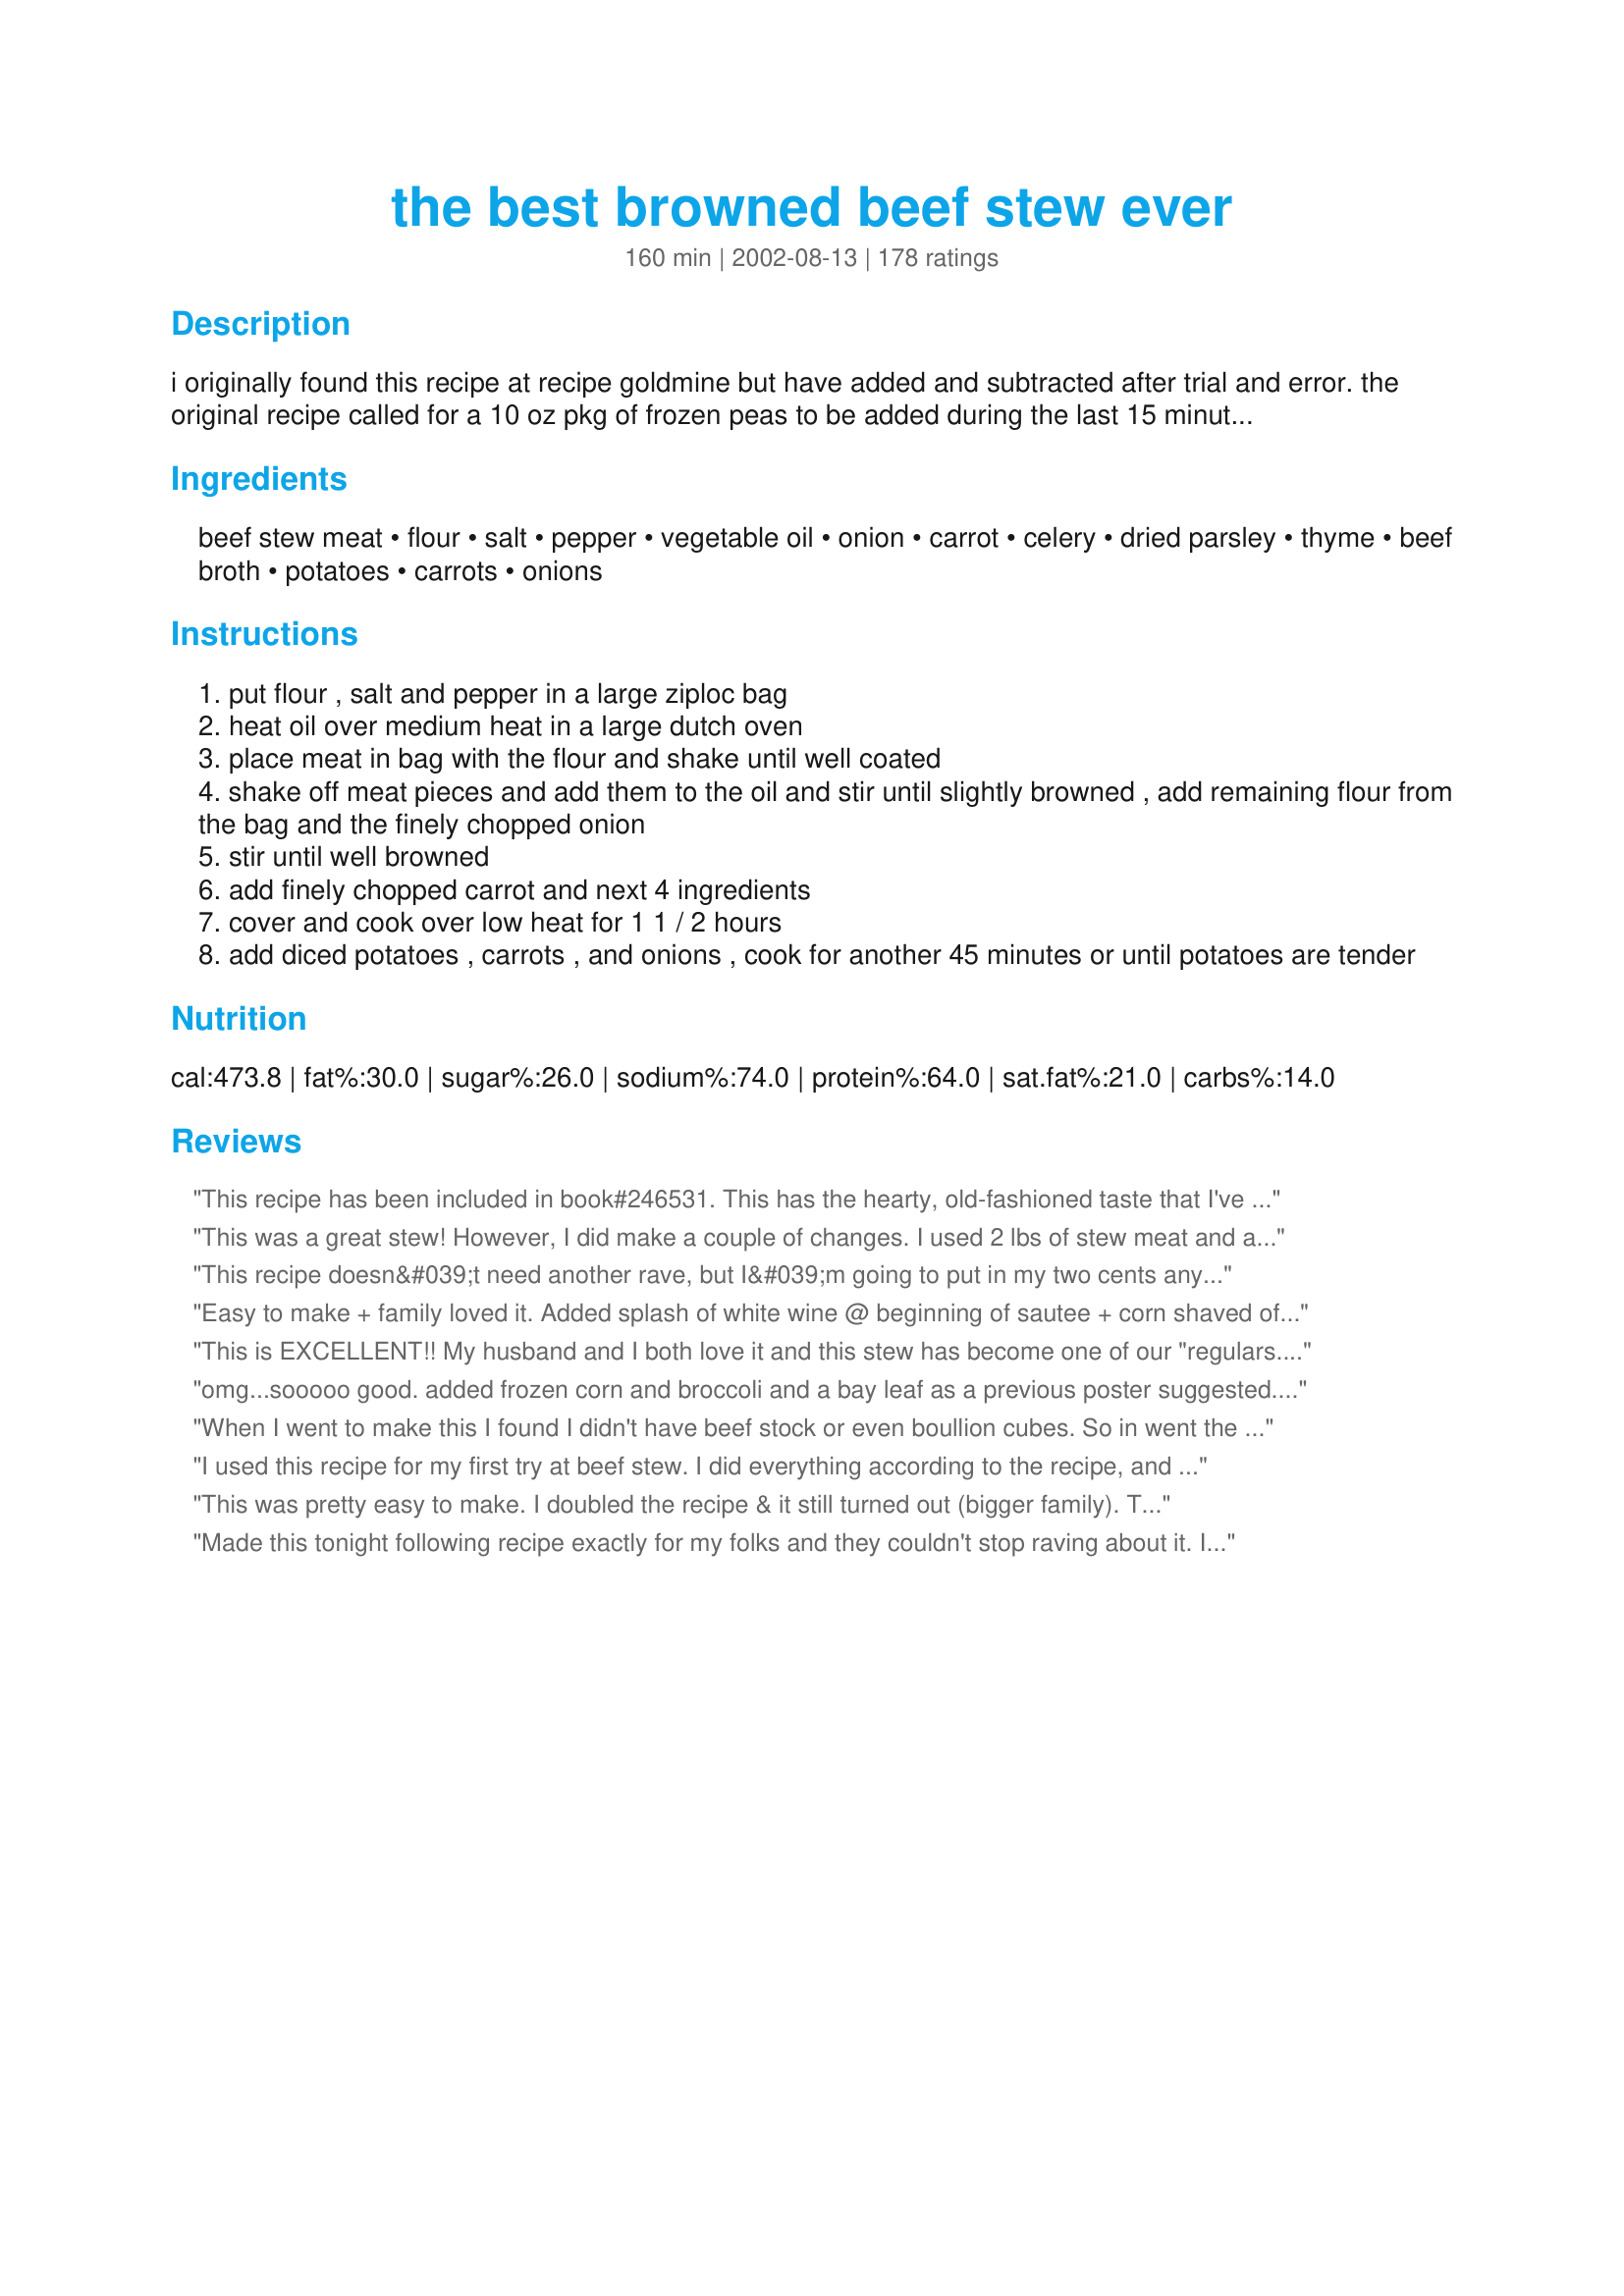
the best browned beef stew ever
Preparation time: 160 minutes

i originally found this recipe at recipe goldmine but have added and subtracted after trial and error. the original recipe called for a 10 oz pkg of frozen peas to be added during the last 15 minutes of cooking. i usually add a little rosemary and cayenne. can add the spices you wish. this is very good!

Ingredients:
beef stew meat, flour, salt, pepper, vegetable oil, onion, carrot, celery, dried parsley, thyme, beef broth, potatoes, carrots, onions

Steps:
put flour , salt and pepper in a large ziploc bag
heat oil over medium heat in a large dutch oven
place meat in bag with the flour and shake until well coated
shake off meat pieces and add them to the oil and stir until slightly browned , add remaining flour from the bag and the finely chopped onion
stir until well browned
add finely chopped carrot and next 4 ingredients
cover and cook over low heat for 1 1 / 2 hours
add diced potatoes , carrots , and onions , cook for another 45 minutes or until potatoes are tender

Reviews:
This recipe has been included in book#246531. This has the hearty, old-fashioned taste that I've been looking for. The meat cooked up so tender, and the gravy was really delicious! I added a few fresh mushrooms and 1/4 cup of barley I had on hand. The whole family loved it and it is a perfect dinner for a cold evening! Thanks for posting this terrific recipe!
This was a great stew! However, I did make a couple of changes. I used 2 lbs of stew meat and added Season-All because we like lots of meat and lots of flavor. Due to the extra meat, I also added about 1/4 cup additional flour. I only used one finely chopped onion and omitted the other onions and diced carrots (due to time contraints, as I prepared it prior to leaving for work). Lastly, I placed everything in my crockpot with 4 cups beef broth and cooked on low for 8 hours switching to warm for 2 hours until I returned home. At that time, I add one package of slightly steamed peas & carrots. We ate our stew over pasta and it was WOW!! My husband asked me to add this to the "Make AGAIN" list :)
This recipe doesn&#039;t need another rave, but I&#039;m going to put in my two cents anyway! No star rating from me, though, because I changed some things. First of all, I used elk meat instead of beef, which worked really well. Also, I had some leftover pan drippings from a roast chicken, and since I didn&#039;t make gravy at the time, I saved it for my next stew. I made my usual gravy recipe (Kittencal&#039;s Easy No-Fail Make Anytime Turkey Gravy Read more at: http://www.food.com/recipe/kittencals-easy-no-fail-make-anytime-turkey-gravy-145064?oc=linkback) which I commonly make using chicken rather than turkey. I made a half recipe (about 2 cups) and added that to the stew at the end. I LOVE adding gravy to stew! I don&#039;t know why I don&#039;t do it more often. Anyway, great recipe, I&#039;m saving it to my cookbook so I can try it with beef sometime. ;)
Easy to make + family loved it. Added splash of white wine @ beginning of sautee + corn shaved off of the cob toward the end. Great taste &amp; consistency.
This is EXCELLENT!! My husband and I both love it and this stew has become one of our "regulars." I put in a few extra potatoes because they turn out so well in the gravy. Very flavorful and delicious with biscuits.
omg...sooooo good. added frozen corn and broccoli and a bay leaf as a previous poster suggested. found after i added the beef broth, it was too salty for my taste. no prob! just added 2 cups water and continued simmering down. also added 1/4 c. of sherry. confession: cheated b/c i wanted to use leftovers, so i browned already cooked roast beef chopped up. didn't have celery, but seemed to turn out great! kind of feels like "stone soup" (from the book)--you can't go wrong no matter what you throw in!
When I went to make this I found I didn't have beef stock or even boullion cubes. So in went the Au Jus mix (Oxo French Dip) I don't know if this was a happy accident but it turned out fantastic. So flavourful - my husband, who is quite particular was super impressed and had seconds. Added some red wine to the browning beef and added the onion soup mix to the flour for the beef FYI. Also added about 50% more liquid (water) than called for and tons of mushrooms. Don't forget a couple bay leaves and a few red pepper flakes. Didn't bother with the extra potato/carrot/onion at the last 45 mins (just put more in to start and cut them pretty small) Added peas at the end. Awesome!
I used this recipe for my first try at beef stew. I did everything according to the recipe, and it turned out wonderfully! Thanks for posting, Christina!
This was pretty easy to make. I doubled the recipe & it still turned out (bigger family). The flavor was exactly what I was hoping for. I will definitely make this again (& again...). I added extra carrot & ommitted the onion at the end, my boys don't like "visible" onions much...still very good.
Made this tonight following recipe exactly for my folks and they couldn't stop raving about it. I was concerned that the cooking time might not be long enough and also that there wouldn't be enough liquid, but I didn't need to worry about either. I used chuck roast stew meat which was great with the recommended cook time. This dish comes out with a nice thick &quot;gravy&quot; and plenty of meat and veg. Very nice. Will make again and again!
i'm sure this would have been fantastic as written but i couldnt help myself and made a few changes for personal preference. i used about a half a cup of fresh parsley instead of dried since i had it on hand, i added 5 cloves of garlic, 2 bay leaves a half a red bell pepper since i wanted to use it before it went bad and a can of diced tomato undrained. i love how the minced onion added in the beginning gives the meat great flavor while thickening the sauce, since they cook so long they practically disintegrate.
Just what I was looking for. Great flavor and the broth is like a gravy. I did use okra instead of celery and it turned out perfect. I'll keep this recipe and definitely use it again. Thanks for sharing!
I made it tonight and the family enjoyed it. This is my first time making Beef Stew. Thank you for Sharing your recipe.
What a hearty filling meal this was. The flavor was spot on to what I expect from stew. My family loved it, I will add this to my list of regulars. Thank you for sharing with us.
I am not going to give stars here because I made so many changes. But if I did, it would be 5 stars all the way. I wanted to use what I had on hand without going to the store- So I used celery seed in place of the celery, several small red potatoes cut in half, one onion total, 1 can of the beef broth and 16 oz. water with 3 beef bullion cubes. I threw in a little garlic powder and a few cut in half bicuits for dumplings. Everything else, plus technique was the same. This turned out perfectly DELICIOUS!!! Thank You for sharing!
This recipe was really bland -- perhaps I did something wrong! I ended up adding so many ingredients that I completely changed the recipe. That's why I didn't give this recipe any stars. The meat, however, was very moist and tender. I don't think I would use this recipe again.
WOW! My family loved this recipe! My only complaint is I wish we would have doubled it! I made my own beef broth with the bouillon cubes as I did not have enough canned and it worked out perfectly. I only used one pound of stew meat and cut it up into bite size pieces and they were so tender. Left out the celery just based on family preference and only cooked mine for 1.5 hours and it was perfect! Thanks will definately be making again.
Very nice flavour, added onion soup mix with the flour as per previous review and also added 1/2 cup wine to broth. Also added Maggi rich gravy mix with hot water towards end of cooking time to thicken the gravy.
This is a good basic stew recipe. My family thought it could have used a little more flavor so next time I think I will add a packet of onion soup to it to try to boost the flavor. I made it on the stove and in the crock pot but it still just needed a little something more. It was good and really hit the winter comfort food spot!
I made this &amp; it's definitely a keeper.
Oh man, was this delicious! The only changes I made were leaving the onion out (due to an allergy) and adding sliced mushrooms in the last step. Oh and I did add the potatoes after the first hour and wish I had added the carrots then as well but that&#039;s just because I like all the veggies nice and soft. I was worried the beef might overcook but it was perfect. Served with Irish soda bread for a very filling meal. Will add to my regular rotation! Thanks!
Very good. We enjoy the addition of a cup of red wine.
This was a wonderful stew. Simple ingredients and it is total comfort food. My entire family really liked it and I am making it again.
I've never been a fan of stew until now. This was perfect served with some nice fresh cornbread.
This is so yummy! I made it just as the recipe states. I would not change a thing!
Best stew I have ever eaten! I couldn't get the celery and thyme. I also added a cup of wine after putting 3 cups of broth. It turned out amazing! Ate it with spaghetti cooked with apple juice and a bit of sugar (I got a sweet tooth haha). Thank you so much for this! I'll definitely prepare it again... many many times.
Wow was this great! I have never made stew before and was craving it last night. It came out fantastic, even better than when my mom use to make it (shhh...). Thanks for sharing this recipe, I will use it again and again =)
This is the best beef stew that I ever made. I did mess up and didn't add the extra flour in the beginning, so I tried to thicken it at the end. It ended up being thinner than the beef stew that I grew up with, but I loved it. I added fresh mushrooms as suggested by another reviewer and they were really good. I was looking forward to leftovers, but my husband took them for lunch. :) I will have to make more next time.
this is sooooo good! thank you!!
Really hearty and good! 4 men DD1 (5 years old), DD2 (15 months), and I say so. This recipe works well with all sorts of modifications, additional vegetables etc. I first put the stewing beef in a few tbs vinegar and Motts Tomato Juice for 35 minutes to help them become tender and give it some extra flavour. After I drained them and began the recipe. I used white rice flour instead of regular flour to be gluten free. Before I added the big pieces of vegetables I cooked the meat for approximately 40 minutes longer than called for in recipe#206712 instead of beef broth as I could make it easier. I used 3 medium carrots in all, cut into big chunks rather than diced or chopped fine for more heartiness. I used one less onion than called for, though my onions were pretty big. I exchanged the thyme to marjoram due to personal preference. In addition to the called for vegetables I added some chunks of butter nut squash one time (wouldnt do it again), a large handful of fried okra one time which was a good addition, and about 1/3 cup frozen baby peas near the end of cooking time both times. I served it with quinoa macaroni if wished. I would make again during the winter for a warming lunch or dinner.
Very good! I love that the finely diced veggies cook down and become the gravy. Gravy made from vegetables!!! What??!!! I followed some advice from other posters and added red wine, mushrooms, a splash of Worcestershire, and a touch of sugar; also used a few less onions. Cooked the whole thing on the stove and the carrots and potatoes were done perfectly in about 45 minutes. Thanks for posting this great recipe!
i think it was ok the first time. the 2nd time, i added tomato paste and only added all the veggies at the end. and only had diced onions at the beginning and then added another onion chopped with the rest of the veggies. like others suggested, i added mushrooms as well. turned out better the 2nd time around. i think i just need to keep experimenting with the recipe...
Very tasty. Keeper recipe
This was great! I added extra potatoes and carrots to use up what I had and omitted the celery because I don't like it, so I had to add about 15 minutes to the final boiling time to soften the extra carrots. My husband loved it and I'll be making it again! Great flavor! Tastes like what mom used to make!
YUM...YUM My family loved this, THANKS fo a good one!!!
I read all of the comments and I took everything into consideration with my own family's tastes. No wine or garlic is not applicable for my family. So I tossed in a bay leaf and added 1/4 teaspoon of thyme. I plan on added a little more liquid if it gets too thick. The flavor is really good. I know they will enjoy tonight's supper. 5 Stars.
very good, even better the second or third day. Thanks for posting, we will be making this again.
Have made this a few times and each time it came out great. Used "better than boullion" to make the broth and it worked out fine. To lower the fat content, I also used top round beef and it was sooo tender and soft with very little fat. That was great! Today I'm gonna try and add a can of stewed tomatoes for fun.
Made it last night, and was requested to make more. It turned out great for dinner.
Oh Wow! This was so good, and so easy to make. A little time consuming, but all great comfort food is. This will be made again and again as the days get colder! Ty Christina for a great post.
I doubled the recipe to make it last over the weekend.......my tweaks are minimal but as follows: browned the flour before anything else; added salt, pepper, thyme and parsley to browned flour then added meat to coat (I cut up a chuck roast I had on hand); browned my meat very well in a skillet then transferred the meat to my broth with veggies (new and red potatoes, green beans, corn and carrots); then I cooked the onions and celery til tender in my skillet and added remaining flour to make a roux......mixed together 3cups water and a packet of Au Jus Gravy and added to roux stirring til smooth and quickly added to broth/veggie mix.....topped everything off with chili powder to taste.....absolutely positively delish!!! is what my hubby said:)
This was wonderful! I add a few cloves of garlic and some mushrooms--although I don't think the recipe really needs it. I've made this a few times and it always come out great! Thanks!
Delicious, hearty and flavourful. Be sure to use a good quality broth as that can really effect overall flavour. I upped the dried onion (added epicures 3 onion mix) but did not add onion soup as I find it makes it too salty. I also added coarsely chopped zuccini. You can prep this and freeze for an excellent slow cooker dish (add broth directly to cooker with frozen bagged stew). I like the red wine suggestions and will add in as well next time!
I had 3+lbs of stew meat and took a chance on this recipe. It was wonderful! I had to use a gluten free flour mix but it was not an issue. Thanks for a great recipe, I'm making another 3lb meat batch in a week so my family will have something good to eat after the birth of my 3rd son!
Made this exactly as is, and was very disappointed. It was extremely salty. If I were to make it again, I would omit the salt and use sodium-reduced beef broth.
I forgot to buy celery, so I had to leave it out. I had a bit of a hard time getting the beef and onions to brown in step 5 because the flour formed a crust on the bottom of of the pan. So I quit browning when that crust was brown before it could burn. I thought that the stew also needed to be stirred every 15 minutes in step 8. I had some potatoes and carrots that were not completely cooked; they were probably the ones that were on top. Everyone really liked this, so I will certainly make it again with the celery, and it will probably be at least four stars.
I loved this recipe, as did the rest of my family. The only reason for 4 stars instead of 5 is for our tastes, there was WAY too much onion...I doubled the recipe and only used a total of 4 onions instead of 6 and even with that there was a strong onion taste instead of the onion enhancing the beef. Next time, I'll only use half the onion called for. Other than that, I made it close to the original, only adding a couple of minced garlic cloves and about 3 shots of worchestershire (for a doubled recipe). I will definately make this again. Thanks Christina for an awesome recipe!
Super yummy. It was hard for me to try another stew recipe after cooking my grandmother's recipe my entire life. This is so much better. My husband slurped up bowl after bowl. I doubled the recipe. I added a few cloves of fresh garlic. Finally, I heated batches up at a time adding frozen peas, corn, and string beans. Helped thicken it up and added crunch and more flavor profile. Gravy is delicious.
Very good. Nice flavor & texture to the gravy. Meat was very tender. I added frozen peas & green beans. I also put the diced carrots in sooner since we like them very soft. Will make again - even my picky eater ate 3 bowls!
My husband said this was the best beef stew ever. I added just a little flour at the end to thicken it up and also doubled the amount of potatoes because we love them. Also didn't have any celery, but I don't think it mattered.
I was looking for a recipe for the best stew ever, and I found it. Everything about this stew is wonderful. I added a few extra vegetables and peas because my husband and I like a thicker stew. I will keep this recipe forever.
This is a great stew. I normally do not like a stew but tried this because my DH does. I was very pleased with it and will make it again. The leftovers were even better.
This was real good and real easy..I'm from ny and really didnt comprehend the comfort food thing ,but I sure got it now.Thanks
Lovely recipe but when do you add the liquid? Actually it should be done after the browning of the meat. Doesn't anyone proof read any more?
I was thrilled to find a Beef Stew recipe that doesn't include tomatoes. I threw my ingredients in a crock pot and took a nap. It doesn't get much better than that. I also decided to skip the potato and add frozen peas just before serving. Whoever said the gravy was wonderful...was right on. Will definitely make this again. Thank you...Christina...for your contribution to my collection of fabulous recipes. Sincerely, Sherry Belle
I think this has to be about one of the best beef stews I have ever had - definitely to become a regular at our house. I left out the celery because I ran out, but it will be in there next time. I think I will add the peas next time too. It fed two adults (two helpings each) and three kids - too bad there wasn't any left over for our lunches tomorrow!
This was fantastic! Perfect snow day meal! I used baby carrots instead of sliced carrots in the final step. Delicious and hearty dinner! Thank you!
We really enjoyed it!
A wonderful recipe to warm the belly and soul during the cold weather. We enjoyed this very much!
Easy and excellent taste. Takes a while so it&#039;s better for a weekend meal but so worth it. My son ate seconds, a rare feat! We added back the peas and also a few finely chopped mushrooms. Yum.
Another five-star for you Christina. I like to try different stews and this rates up there with the best. My modifications were few: 24 oz. of beef broth and 4 oz. of red wine, no potatoes since I chose to serve mashed potatoes, extra celery (about 3/4 cup) and 2 cloves of garlic (a must in this household). Towards the end I added a couple dollops of lite sour cream. It made a fantastic sauce for the mashed potatoes. We'll definately be choosing this stew recipe again. Thanks for posting!
In my opinion this is the veritable Holy Grail of Stews!! My wife, who normally does nothing but snarl at me actually smiled and suggested I make this dish more often...say, once a week! Great by me!!!

I made fairly minor changes such as deleting the onion (my DW says no onions and I have the scars to prove she means what she says), adding some whole kernel corn for more color, and some garlic salt in lieu of the regular salt.

As far as I am concerned, so long as I have this stew and some fresh-baked bread with butter, the winter winds can blow and the snow can fall. My life is content!
This was really good, but too salty. When I make it again, I'll only use 1 tsp salt. It was also good reheated--I added some leftover lima beans and a about a cup of water and simmered it for another half an hour. That cut down on the salt, and then it was just about perfect.
I never have beef stock, I used a can of beef consume, a can of stew tomatoes and a cup of water. I didn’t see Worcestershire sauce (as noted in one review) so I added a dash of that and a dash of soy sauce. I also like corn in my stew so I threw some of that in. It tastes really good. I’m so happy I didn’t have to add cornstarch for thick stew!
My family loved this recipe! I didn't have 3 1/2 cup beef broth - I only had one can so I substituted the difference with warm water and Lipton Onion Mushroom Soup mix. I love that there were no tomatoes in it! The meat was so tender!
Thank you for the wonderful recipe. It was so easy to make and tasted so great. Yum
Very good!
This stew was really good. I only wish the gravy was a little smoother. I followed the recipe to step 5 then put it all in my crockpot. I used 3 medium potatoes and 4 carrots and I think it needed more of both. I also used 3 cups of very flavorful homemade stock and needed 2 more cups of water to cover it all. I didnt have thyme, so I added dill, marjoram and rosemary. Also, some worchestershire. Thanks for sharing, I will make this again.
Christina- This soup was great. We live in Montana and lately the weather was been freezing. The past week all of our highs have been below zero. Hubby wanted something meaty and warm so I found your stew. We loved the flavor and I ended up doing it in the crock pot which was great. I was really looking forward to the gravy that people were commenting on but our stew never thickened up that much. Either way it gave amazing flavor and was super simple. Thanks for a great recipe!
This is a very tasty beef stew. I made it in a cast iron dutch oven, then after after everything had been simmering together for about 30 minutes, transferred it into a large crockpot so it could cook while we were at a movie. I also substututed frozen green beans for the peas, but added them when transferring to the crockpot. We dipped soft italian bread, and my family said that this recipe is defnitely a keeper.
I made this tonight for the family, and loved it. I used Round Steak. I was low on beef bouillon base, so just used 1/2 broth, 1/2 water, and then added 1 cup water (I actually doubled the recipe). I added some mushrooms at the end also. My kids gave it a "B", so it wasn't TOPS on their list, but they ate it. :) I will do this again for sure.
This is a damn good stew! Best one I've found on line! Extremely easy to prepare and delicious. I used a little less veg than was called for as I like my stew on the meaty side. Tossed in a bit of beer but other than that made it as directed. A tip to save a few bucks. Rather than buying pre-cut stewing beef get a whole outside round toast and cut it up yourself. Cheaper and you can trim the fat the way you like it. Thanks To Christina from a hungry bachelor who loves his stew! Great recipe!
Very good recipe. Will be making again for sure! Thanks for posting.
Made this for dinner last night. Beef came out tender, this is a great recipe. A++
My Family Loved this Recipe! We have made this twice. We changed it a little to make it easier for us. We browned the flour covered meat and then put it in a crock pot, we left out the finely chopped carrots, but added the rest including carrot chunks into the crock pot. The first time I had home-made beef broth in the freezer that I added. The second time we were out of broth, so I just put in water. It came out just delicicious! It must have somthing to do with being in the crock-pot all day. This a great dish to come home from work to!
following these directions I was finally able to make a stew instead of a soup!! Thank you for this recipe!
This was just the best stew ! I substituted venison and used just two onions total. I used chicken broth instead of the beef . Great for a cold winter dinner .. So yummy I’m going to fix for my grandchildren soon.
This reminded me a lot of a stew my mom makes! Our family loved the flavour! I added 1/2 tsp marjoram, 1/8 tsp tarragon and threw in a bay leaf. I also added some turnip chunks and parsnip! YUMMY! Thanks for posting this tasty and easy stew recipe!
This is absolutely the best stew - EVER! My lids love it and we will be making it again and again! :)
Excellent. Thank you, this is the best Beef Stew I've ever made. Put in to two of my cookbooks.
I thought it was good, but nothing too special. I took others advice and added about 3/4 cup red wine and added all veggies at same time at the beginning. Also added in 2 bay leaves to give it a bit more flavour. The boyfriend loved it, which is why i put in the extra star. I found the beef tough, but that was probably my fault. If he asks, I&#039;ll make it again, but probably not for me.
Yeah! I made it!!! Just about almost burnt meat in pan perfectly. Added veggies. Made bread to go with!
Throw out all the other beef stew recipes, this is the only one you will ever need. Packed with flavor and the aroma from my kitchen was wonderful. Thanks for posting.
I made this with venison steak - a mixture of tenderloin, back-strap, and t-bone (plus vegetable oil for the browning part). I usually don't like venison as steak because it's so lean, and these steaks were from several different deer over the past year. It came out amazing. The meat was tender and flavorful. The finely chopped onions and carrots created a wonderful texture for the broth. <br/>I also used a crock pot for the simmer part. I will say, if you use a crock pot, put your diced veggies in much earlier. It took at least 2 hours on high for my potatoes to be soft. I will definitely make this again.
Really good beef stew. I did as recommended and added 1 cup of red wine. It was perfect.
BEST Beef Stew ever!!
Cooked Bobbie in my pressure cooker. On low temp, turned out fantastic! I sauteed everything in the cooker. I didn't use a bag to coat the ingredients.
We loved it. I added an envelope of Lipton onion soup mix when browning the meat and flour, to give it an extra kick. I also took the suggestion of one of the reviewers and substituted parsnips for the potatoes since I'm diabetic and potatoes don't work well for me. Worked great although needed about another 30 minutes or so to soften them up (and got to remember not to include the tough "cores").
This has become one of my standby recipes! Well worth the time investment. I usually omit the celery and add parsnips. I also put the potatoes in sooner (about 45 min into the total cooking time) to get them as soft as I want.
My sister in-law had a lung removed this week and I've spent most of today making dishes to freeze for their arrival home. As I always do the first time, I follow the recipe exactly. This was wonderful, the gravy is fabulous such rich flavor. I'm sure they will love this stew also. Another keeper from recipezaar!
Great stew, just make sure you stir it often enough because mine burned at the bottom a bit. Thank you.
Turned out great. I made my own beef broth rather than using canned. Was a little thin so I added some more flour mixed with cold water toward the end. I did end up adding a little more salt and pepper at the end to taste. Served with a spicy foccacia bread on the side.
Very good flavor. I didn&#039;t totally follow the recipe. The only thing I browned first was the beef with flour, salt, and pepper. Then I put it in a crockpot with the broth on low for several hours. About 3 hours before serving time I added 3-4 carrots and 2 potatoes, in smallish chunks, and increased heat to high. 1 hour before serving, the broth was still... broth. So I stirred in a mixture of cornstarch and water to get a nice gravy. When ready to eat, the beef was very tender and the carrots and potatoes were super soft. Perfect!
Made this a couple weeks ago and now I'm back. Making it again today because it was so good. I didn't save it so I was worried I wouldn't find it. I left out the thyme because I don't like it othere than that I followed it exact.
This was really good, really easy and very flavorful. I did use a small roast which I cut up myself and put all the ingredients in the crock pot after browning the beef and onions. It turned out very good and my kids enjoyed it.
I love stew and am always looking for a new favorite----this is one of the best!
This is the best beef stew I have ever made/had in my life!
Extremely good but next time I will add 1 1/2 less onions. I also think it needs something additional for flavor. (Next time I'll try the onion soup mix)
I have it all in now- added everything after the beef browned. I added a packet of onion soup because I only had 2 smallish onions and I used 3 cups of broth and 1 cup of red wine. I added the additional red pepper flakes, 2 bay leaves and rosemary. For potatoes I used red potatoes. I didn&#039;t add celery cause I didn&#039;t have any. I cut the veggies into chunks instead of dicing. Smells great simmering on the stove! Yum!
I made a double recipe of this and it came out amazing!!! I followed other reviewers' advice and added 2 cups of wine (because it was a double recipe.) The meat I used was very tough and by the time the stew was done cooking it was so soft and yummy. It made crappy meat into amazing stew!!! I'm so impressed with the recipe. Thank you for sharing and thanks to previous comments advising red wine. I didn't add cayenne pepper. I think it's a matter of preference. I did use small white new potatoes so I wouldn't have to peel and cut them up. (Yes, I am that lazy.)
For once....truth in advertising! I've been making beef stew for decades, but this is the first time I've done one that is really The Best! I followed the directions carefully, setting a timer to make sure I stirred it every 15 minutes. I substituted a cup of red wine for one of the cups of beef broth and also added the crushed red pepper suggested by Captain's Lady. My adult son was a dinner guest and raved, saying &quot;When you said &quot;beef stew,&quot; I thought I'd be reaching for the salt, but the flavor is great.&quot; Adding the diced carrots and onions early on and then the larger chunks later was very effective. The cheap chuck roast ended up as tender and tasty as could be. I've already been asked to serve this again and to invite the rest of the family.
This recipe is a Keeper for sure. I doubled the recipe and tweaked it a bit by adding sliced, fresh mushrooms and a 1/2 cup of barley. Added a 1 1/4 cups of red win to 6 1/2 cups of beef broth. Did add two packets of Sazon goya to the broth. Simmered low and slow for almost 3 hrs stirring every 30 mins . Meat was so tender and broth so flavorful and rich tasting!
Tasty stew. I doubled the recipe using 2 lbs of stew meat. Easy to make and great in a dutch oven. At first I thought it would be too soupy, but it thicken up quite a bit, especially after a night in the fridge. Better the next day. Thanks for posting. We enjoyed this one.
This recipe is a Chef_Daddy fav. The whole family just loves it. Most important it is simple!
Perfect! My husband and son said it was the best I've ever made. I followed the recipe as is but added a splash of beer and added mushrooms and a little bit of barley.
This is the BEST beef stew i have ever eaten, no changes, it is one of the few i will save and do many more times !!
wow .. one of the best think i ever had
All around a successful beef stew. Turned out very nicely. I used a bit less beef than it called for, and it was fine.
Very Satisfying and simple recipe. I added a cup of red wine and some crushed red peppers like another reviewer suggested and doubled my veggies because I like a lot of veggies. Will definitely make again soon. Great on a cold Wisconsin winter day! Thanks for posting:)
Very good! The only thing I would change is to decrease the salt to 1 tsp. I left out one of the onions and that was plenty.
Excellent recipe! Just like my Mom used to make. Recommend it highly! I would scale back the salt a little bit (maybe to 1/2 or 3/4 teaspoon) - you can add more later to taste. Even a little salty it was still a 5 star recipe.
This was delicious! I did make a few modifications tho. I added a can of diced tomatoes in with the broth and then I added cloves and bay leaves for extra seasoning (I had no parsley) and then I added corn. YUMMY! I think the flavour of cloves was amazing!
I felt I owed this a review since this is a recipe I make over and over again. As written it is a great stew recipe but each time I make it, I add the veggies I'm in the mood for. I always throw in one can of diced tomatoes and a splash of gravy master for color. You can't go wrong with this recipe so my only advice is to double the recipe!
Great! Very easy to make. I added saut&eacute;ed mushrooms and frozen corn to this.
Wow! This is a great recipe. Everyone in my family loved it, even my picky one. Thank you so much for a simple but hearty beef stew recipe. Sometimes it's the simplest ones that are the best!!
This recipe is great as-is, but now I make some changes based on time constraints and my own taste. First, I like a clear broth, so I coat the meat only in flour, adding the salt and pepper separately, using 1/2 the oil and no added extra flour. I make it easier by not adding the finely minced onion and carrot--I cut all the vegetables large. I use bouillon cubes to make the broth, but I only use 2 cubes to make it more watery, and the end result is just right. I like to make dumplings (recipe #30965) for this if I have time. If I have fresh parsley, I'll add it to the dumplings too...
Loved this. This was easy to make. I cut the salt down to 1 teaspoon and used olive oil instead of vegetable oil. I didn't measure the oil, I just spread some on the bottom of the pan. I added a cup of chopped onion to the beef mixture and didn't add any fine chopped carrots. I didn't have celery so omitted that and added 4 cups of beef broth. I didn't add the pinch of thyme either as I forgot. I used a pound of baby carrots and two cans of slice potatoes. I added all the veggies when I added the broth and cooked about an hour and a half. Everyone enjoyed this and I will be making this again. The gravy was so good. We used bread to mop it up when we were finished.
I have made this stew numerous times and it is most definitely a family favorite. My only suggestion for anyone who is going to make this recipe is to use 80% of the called for beef stock and add 3/4 of a can of whatever beer you have in the fridge. I promise you wont be disappointed. Thanks for a great recipe
I make this exact same recipe all the time, except I use cornstarch instead of flour and sometimes add a package of onion soup mix.
This was delicious and just what we needed for the first real snow day of the year! I made it exactly as directed except I didn't have any parsley.
Absolutely the best Beef Stew Recipe Ever. My family loves this. Served it to other family members and they went crazy over it. Will ALWAYS use this recipe! So easy to follow. Yummy for your tummy!
I&#039;m sure this recipe doesn&#039;t need another 5 star review but I&#039;m here to give it anyone! This was great and my entire family ate on this for 2 days. I doubled the recipe so it made a huge pot! Thanks for sharing this wonderful, wintery, comfort food!
Wonderful!! I made this in the oven instead of the stove top - turned out wonderful! Thick gravy and very tasty. I also added peas to the stew.
After reading numerous recipes and reviews, I settled on this one for my 1st ever stew. Yumm! I added a packaged of onion soup mix to the flour to coat the meat, would add onions at the same time as the meat next time so they cook more. Added 2 carrots in the beginning and no extra carrots or onions at the end. Added 1 cup red wine (mmmm) for 4 total cups of liquid with the beef broth. Also used 5 red potatoes total and added them at the same time as the liquid so they would cook all the way through. I served over egg noodles for a one-dish meal. Was about 90 min total cooking time and so worth it.
I have made this recipe several times! Excellent!!!!!! The modifications I've made is that I add a soy sauce and little molasses to the stock. Also, I add fresh cut green beans and frozen sweet peas toward the end of simmering. I have received many compliments! Thank you for the BEST stew recipe EVER!
LOVED this stew! Really delicious recipe. I added garlic, can of diced tomatoes and red wine in the first steps. I also added fresh mushrooms and frozen peas in the last hour. I forgot the bay leaves! Thanks for all the suggestions - this was a keeper!
Wow, this is by far the best beef stew I have ever had. My husband said it kicked butt. I doubled the flour, salt and pepper. I also added 2 potatoes and 1 cup of beef broth.
Thanks Christina
I doubled the meat used 2 cups beef broth, 1 cup red wine, one can golden mushroom soup with a can of water bc I didn't have any more beef broth. I added one Lipton onion soup and one Mccormicks beef stew seasoning to the flour. I don't like potatoes in soups or stews so I skipped that part. Over buttered egg noodles with biscuits. Yummy comfort food by the fire watching The Grinch!!!
I doubled this recipe (feeding ten folks) and left out all but 1/4 cup onion, cooked with the stew meat. We don't care for onion. Everything else as cooked as directed. My husband loved it and asked me directly to print off this recipe. That is high praise, truly.
Two thumbs up.
Made this and was excellent, The only change was one cup of excellent merlot added minus one cup of broth delisous
Yum! I rarely make soups or stews, but on this cold January night, this was perfect! My husband gobbled it up and we really enjoyed the flavor. <br/><br/>We don't normally have carrots on hand so I subbed corn instead. Served with crescent rolls. Will make again!
I followed the recipe with no changes, Except I added all ingredients and cooked it in a crock pot for 6 hours. Awesome, Next time I will have to double it, So I can have some leftovers. There wasn&#039;t a teaspoon left.
I have to agree with the name! This is the best beef stew I've ever made, and I've made a few! I've made it twice now, and the the second time I made a few changes that made it just a teensy bit better! I added about a cup of red wine with the beef broth, some crushed red pepper flakes and rosemary and about a cup and a half of frozen peas at the very end. Served it up with Irish Soda Bread rolls...perfect!
Ours will be done in about shortly & tastes delicious already. I just wanted a recipe to check flour-to-lbs.-of-beef suggestion & this recipe worked out fine. I like to brown my onions at the end of the meat-browning sequence for added flavor. I also make certain veggie-and/or-potato-to meat ratio adjustments OR I just use whatever I have. I use a variety of fresh or dried spices. Today I added handfuls of fresh grape tomatoes & Chinese celery from our garden. I'm going to add baby carrots right before serving, since my Hubs prefers his carrots mostly uncooked. Adding wine at some point is nice, too. Awesome recipe! Hmmm. I'm out of yeast. What biscuits can I make quickly?
Just perfect! So delicious. I ALWAYS get people asking for the recipe after they have tasted it. My trick since my man does not like carrots.... grate them up finely and add them ALL at the beginning. By the time is ready they have dissolved into the stew never to be seen again, but giving the most delicious flavor. Sneaky Sneaky!
This was very simple and easy to make. I had some mushrooms and string beans so I sliced them and added them at the final stage with the other vegetables. It was really delicious, nice and thick.
Needs more flavor - adding onion soup mix at the beginning would help - I had to Doctor it quite a bit to get it to taste as good as other recipes I've tried.
This is a wonderful recipe! Also good to make for someone whose life is in a crisis & needs a meal. I followed the directions exactly. I used all of the same ingredients except for the dried parsley-I used 1/2 tsp basil & 1/2 tsp oregano and added a bit of fresh parsley in the last 45 min of cooking. My husband loved the recipe, gave it 5 stars and said this: "It is good,non-offensive,hearty,the meat was good, It couldn't have been any better"! Thanks Christina
Very tasty. The only problem was that the potatoes and carrots were still hard and crunchy after 45 minutes ! Had to almost double that time -- had us eating at fashionable 7:30 PM ! Thanks for posting.
Amazingly good. I&#039;m not a huge beef stew fan, but I could not stop eating. Thank you very much. This will become a regular in our household.
i've never really been a fan of beef stew but i absolutely enjoyed this and even got seconds. instructions are written beautifully w/ easy to follow steps. i almost followed everything to the T except i skipped the finely minced carrots and chopped onions. i did do the finely chopped onions and regular chopped carrots w/ potatoes and they were so delicious. i did add 1 thing...the gravy was already delicious but i added a packet of sazon goya just because i wanted to finish it up before it expired. so delicious, i paired it w/ a yorkshire pudding. this is now my favorite go to beef stew and next time i'll try it on a crock pot.
THIS IS SO GOOD! I didn't add the finely chopped doubled veggies (wanting to cut down on steps/time) I added celery salt and garlic salt. My kids loved this. This is our 2nd time making it. Thank you for the great stew!
This stew is outstanding! It has been put in our favorites file. We too added a cup of red wine, a couple of bay leaves and some garlic. Perfect for a very cold evening. Thank you for this recipe.
Wonderful Beef Stew :) Used a bone in chuck roast. Browned the bone with the meat pieces. Added a 1/2 cup red wine after browning the meat to get all the little pieces left in the pan. Put everything in the crock pot and cooked for 7 hours. I did add fresh mushrooms, garlic and peas. Along with some celery salt, rosemary, thyme and sage. When my mom cooked she always added a lot of spices. Meat was very tender and the stew had a wondeferful flavor. Thanks Christina for sharing this tasty recipe, it is really the Best Ever :)
Great recipe. I browned meat and then threw all into slow cooker. I deglazed the meat pan with water and put the yummy liquid with crunchy bits into the crock pot with everything else instead of using commercial beef broth. MUCH tastier. I used a 1# bag of carrots to raise the healthy quotient. Added enough potatoes to fill the pot. Added a little more water to cover everything. Cooked on high til close to done, then turned down to low til ready to eat.
This was delicious especially the gravy. I had a banana pepper and a vining okra that I added in the last hour of cooking. I also added a couple of tablespoons of barley and it was excellent. I'll be making this again. I didn't add the cayenne or the rosemary but it was still good. Thanks for posting, Christina!
This was so tasty and easy, I followed the recipe, except I didn't add the remaining flour after browning the meat. It had a very nice gravy, just the way we like it. Thanks Christina, this was just the Beef Stew I was looking for!
Seems like a lot of water to add for the ingredients... in process of making it now. Not terribly confident.
Love this beef stew! YUM!
This was one tasty beef stew! We even had it over noodles the next day. It was easy to make with simple ingredients. I&#039;ll maybe try it with some red wine or beer next time, but it&#039;s still wonderful without. Thanks!
This beef stew is packed with flavor. I did everything by the book but omitted the celery. The leftovers were even better! Only thing is I would probably use the crockpot in the future because it was a lot of labor. Thanks Christina.
I doubled this recipe, used tri tip roast and less onion. It was a little soupy, but excellent tasting! Definitely keeping this recipe. Thanks!
Ultimate comfort food. I didn't have celery, so used a pinch of celery salt, and also added a pinch of ground rosemary. The finely chopped veggies were an intriguing idea. So yummy on this cold, rainy day.
Very good stew. I added in some peas and a can of chopped tomatoes. Wonderful dinner on a cold day. Thanks!
This was fabulous, my family loved it. I added a can of beer into the stew when I added the beef stock, and it gave it a really subtle earthy flavour which I think added to the gravy. The other reviews were right however, I needed to get more bread so that I could soak up every last drop!
This was great.My family loved it. Instead of beef broth i added 2 beef stock cubes and one vegetable stock cube. Thank you for sharing.
Loved this recipe! Even all 3 kids loved it! I followed the directions up to adding the diced carrots, then put all of it the crock pot on high for about 3 hours. I added the 2nd addition of carrots and potatoes early because I like larger pieces, basically quartered. I did not add the additional onions it didn&#039;t need the other two, and I was lazy :). It didn&#039;t thicken for me but the kids liked it more like soup even my 1.5 year old loved slurping the broth. Thickened up as leftovers. Forgot to add peas but meant too. Thanks for a great recipe!
just made it very good and easy thanks, even my non stew eaters enjoyed it.
This is delicious! It has now become a staple in my home!
Truly is best beef stew ever! Husband’s comment “from now on you should only make stew from this recipe”
Can I rate a zero? I follow directions to the letter, because if I improvise, well, I&#039;m not a chef. Seriously, if you are following a recipe for stew, you are pretty much in the same boat as me (ask your mother or grandma, stew doesn&#039;t have a recipe) but after browning the meat, I was a little concerned that the flour, meat and onion had created a bottom cake on the pan, as I continued to cook, and tasted after only the first &quot;15 minute&quot; stir, well, my stew was already ruined. That bottom stuff, stuck to the pan had done nothing but create a burned taste. The stew was ruined. &lt;br/&gt;&lt;br/&gt;Folks, find a stew recipe that gives a good method of meat browning, that explains to brown the meat in small batches (not the whole 1.5 lbs at a time), and perhaps deglazing or switching pots after meat browning. This method just doesn&#039;t work. &lt;br/&gt;&lt;br/&gt;Burnt stew? I&#039;ve never heard of it! Gross!
Delicious beef stew recipe! Gravy was nice and thick and did not need any additional thickening. Would definitely make again!
This was delicious and even the pickiest eaters in my family enjoyed it without picking things out of it! I added about 1/2 cup red wine and will probably put in a full cup next time. The flavor was excellent, but I might add an extra carrot or two next time for color balance. Plus, carrots are yummy.<br/><br/>I also served over buttered egg noodles, which added a little depth to the flavor.
Tried this tonight! Very tasty! I added a dash of red wine too!
I ran out of beef broth but have chicken broth, can I try chicken broth?
This is a superb recipe! The meat was so tender and the stew very flavorful. I cut way back on the onion (don&#039;t tolerate it very well) and added extra celery. Served with biscuits, it makes a warm and hearty winter meal.
Wow - this is a keeper. Got raves at the dinner table! I probably will try doing in the crock pot next time... Thank you for sharing this recipe!
It really was the best ever. I followed it exactly and loved every bite!
I&#039;m Cooking mine now,but it&#039;s not got a good beef stew taste
This stew was great the meat was soft and moist, My family loved the gravy,I served this with crusty bread and a salad Delicious!!!
Looked great so I made it 5/2018. Taste and cook... had to make small adjustments as broth lacked flavor (tasted flour). I added about a tablespoon each of Worcestershire and A-1 and that made a world of difference. There are other ways to fix but you will need to adjust to your taste or your stew will be mediocre rather than awesome. Also, change celery from fine chop to chopped. Fine chop celery disappears in the stew both physically and in flavor. Rather than the 1/4 cup of celery, use 2-3 medium stalks which is 4x the called for amount (1 stalk is a 1/2 cup). I chop potatoes, never dice so I took a half hour off the front and put it in the rear to cook potatoes too but that is personal choice. With the additions of Celery, A1 and Worcestershire, this was excellent. Thank you for giving me a good foundation to build from.
Soooo Goood. The stew was perfect. I added half a bag of frozen peas at the end. The leftovers thickened up overnight so I would recommend adding at least one to two cups of beef broth thin it out. Also I doubled the recipe cause I have a big family.
This is an awesome recipe which can be modified. I've already made it twice in the past couple of weeks. The first time I followed the recipe exactly as written. The second time I sauteed all the onions at the beginning and added a couple shank bones and homemade chicken stock instead of the beef stock because that is what I had. I also added chopped turnips and string beans, fresh parsley and bay leaf. Since I am on a tight budget I bought a roast and cut it up into stew sized pieces. Thanks for this wonderful comfort food, perfect on a cold winter night!
I've made this recipe several times as written, only substituting venison for beef. It's incredible! My family loves it! I also took the suggestion at the beginning of the recipe and add frozen peas at the end. The peas make for a more colorful presentation too. Thank you very much for posting!
Great tasting stew. I added about 1/2 cup each of frozen peas, corn and lima beans the last 20 minutes of cooking. Also used a couple of bay leaves during cooking time and removed before adding addtional vegetables. I also like that this has a nice gravy and I didn't have to add any extra flour to achieve this. The house smelled wonderful and we couldn't wait to dig in. Good directions, easy to prepare, tastes great. Thanks for posting. Update: Have made this now for the third time adding a few different vegetables and seasonings and it's turned out wonderful each time. Just the right thickness for the gravy. The only thing I do different is not using 1 1/2 teaspoons of salt, I just salt the meat I use then pepper and flour. This is THE BEST beef stew I've ever fixed. Thanks again for posting Christina.
The broth/gravy was thick and rich and had great flavour. I added a touch of garlic when the minced onions were added. I also added about 1/2 C red wine and a dash of marjoram. Great recipe that I will definitely make again.
The title says it all. This is the BEST I ever had. Thanks, for posting!
